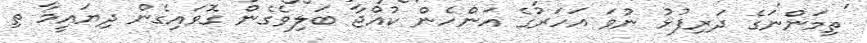
ތިމަންނަގެ ދަރިފުޅު ނުވަ އަހަރުގެ އަންހެން ކުއްޖާ ބަލިވެގެން ގޮވައިގެން ދިޔައީމާ ތި